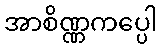
အာစိဏ္ဏကပ္ပေါ